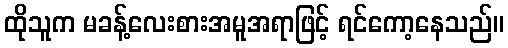
ထိုသူက မခန့်လေးစားအမူအရာဖြင့် ရင်ကော့နေသည်။